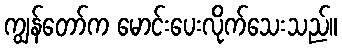
ကျွန်တော်က မောင်းပေးလိုက်သေးသည်။